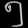
Digit: ၅